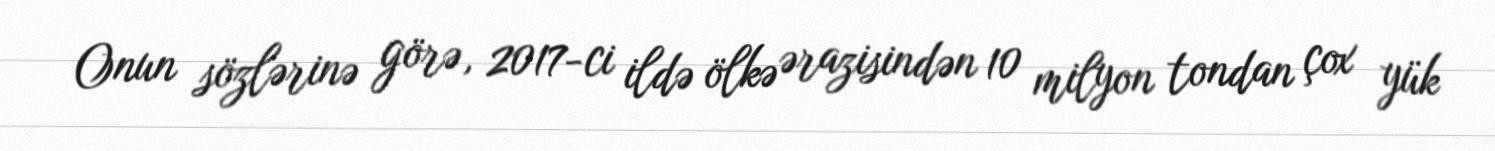
Onun sözlərinə görə, 2017-ci ildə ölkə ərazisindən 10 milyon tondan çox yük